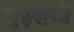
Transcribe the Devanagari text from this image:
गुइसेप्पे